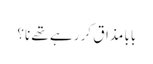
بابا مذاق کر رہے تھے نا؟